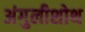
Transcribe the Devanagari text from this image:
अंगुलीशोथ